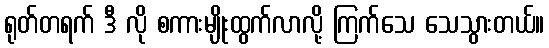
ရုတ်တရက် ဒီ လို စကားမျိုးထွက်လာလို့ ကြက်သေ သေသွားတယ်။